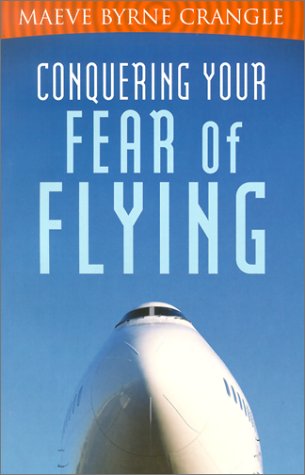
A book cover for Conquering Your Fear of Flying; Maeve Byrne Crangle; Travel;